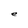
Character: e